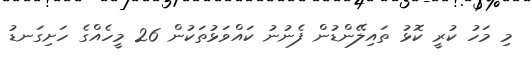
މި މަހު ކުރީ ކޮޅު ތައިލޭންޑުން ފެނުނު ކައްވަޅުތަކުން 26 މީހެއްގެ ހަށިގަނޑު